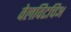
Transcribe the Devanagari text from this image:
वेलविटचिअ